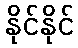
နိုင်နိုင်